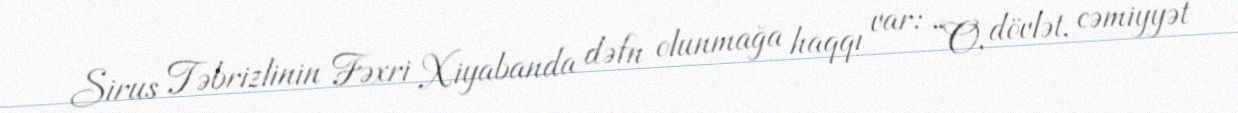
Sirus Təbrizlinin Fəxri Xiyabanda dəfn olunmağa haqqı var: “O, dövlət, cəmiyyət